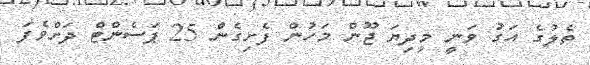
ތެލުގެ އަގު ވަނީ މިދިޔަ ޖޫން މަހުން ފެށިގެން 25 ޕަސެންޓް ދަށްވެފަ